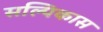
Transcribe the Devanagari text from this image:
सल्पिकास